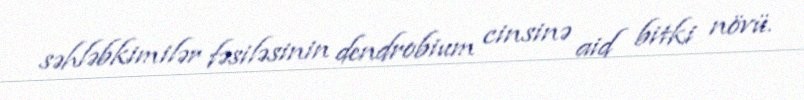
səhləbkimilər fəsiləsinin dendrobium cinsinə aid bitki növü.